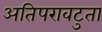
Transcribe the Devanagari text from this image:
अतिपरावटुता